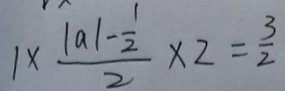
1 \times \frac { \vert a \vert - \frac { 1 } { 2 } } { 2 } \times 2 = \frac { 3 } { 2 }